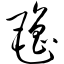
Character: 氇